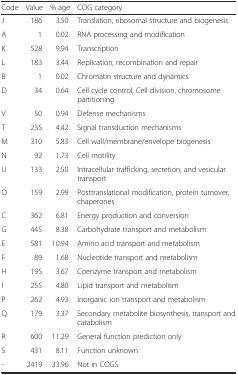
| Code | Value | % age | COG category |
 | --- | --- | --- | --- |
 | J | 186 | 3.50 | Translation, ribosomal structure and biogenesis |
 | A | 1 | 0.02 | RNA processing and modification |
 | K | 528 | 9.94 | Transcription |
 | L | 183 | 3.44 | Replication, recombination and repair |
 | B | 1 | 0.02 | Chromatin structure and dynamics |
 | D | 34 | 0.64 | Cell cycle control, Cell division, chromosome partitioning |
 | V | 50 | 0.94 | Defense mechanisms |
 | T | 235 | 4.42 | Signal transduction mechanisms |
 | M | 310 | 5.83 | Cell wall/membrane/envelope biogenesis |
 | N | 92 | 1.73 | Cell motility |
 | U | 133 | 2.50 | Intracellular trafficking, secretion, and vesicular transport |
 | O | 159 | 2.99 | Posttranslational modification, protein turnover, chaperones |
 | C | 362 | 6.81 | Energy production and conversion |
 | G | 445 | 8.38 | Carbohydrate transport and metabolism |
 | E | 581 | 10.94 | Amino acid transport and metabolism |
 | F | 89 | 1.68 | Nucleotide transport and metabolism |
 | H | 195 | 3.67 | Coenzyme transport and metabolism |
 | I | 255 | 4.80 | Lipid transport and metabolism |
 | P | 262 | 4.93 | Inorganic ion transport and metabolism |
 | Q | 179 | 3.37 | Secondary metabolite biosynthesis, transport and catabolism |
 | R | 600 | 11.29 | General function prediction only |
 | S | 431 | 8.11 | Function unknown |
 | - | 2419 | 33.96 | Not in COGS |